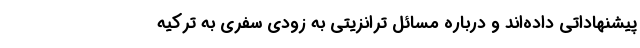
پیشنهاداتی داده‌اند و درباره مسائل ترانزیتی به زودی سفری به ترکیه